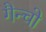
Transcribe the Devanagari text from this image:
गैन्चो